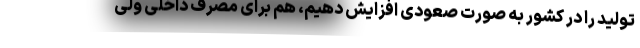
تولید را در کشور به صورت صعودی افزایش دهیم، هم برای مصرف داخلی ولی